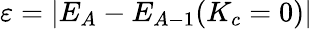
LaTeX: \varepsilon=|E_{A}-E_{A-1}(K_{c}=0)|